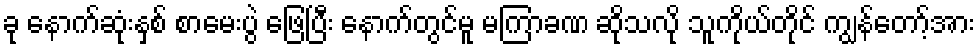
ခု နောက်ဆုံးနှစ် စာမေးပွဲ ဖြေပြီး နောက်တွင်မူ မကြာခဏ ဆိုသလို သူကိုယ်တိုင် ကျွန်တော့်အား